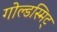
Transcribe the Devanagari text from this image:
गोल्डस्मिट्